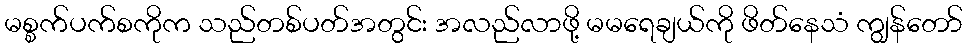
မစ္စက်ပက်စကိုက သည်တစ်ပတ်အတွင်း အလည်လာဖို့ မမရေချယ်ကို ဖိတ်နေသံ ကျွန်တော်